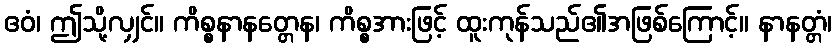
ဧဝံ၊ ဤသို့လျှင်။ ကိစ္စနာနတ္တေန၊ ကိစ္စအားဖြင့် ထူးကုန်သည်၏အဖြစ်ကြောင့်။ နာနတ္တံ၊